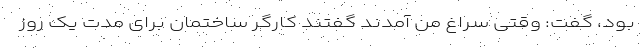
بود، گفت: وقتی سراغ من آمدند گفتند کارگر ساختمان برای مدت یک روز